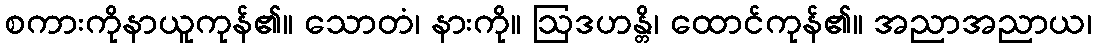
စကားကိုနာယူကုန်၏။ သောတံ၊ နားကို။ ဩဒဟန္တိ၊ ထောင်ကုန်၏။ အညာအညာယ၊